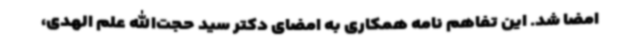
امضا شد. این تفاهم نامه همکاری به امضای دکتر سید حجت‌الله علم الهدی،